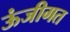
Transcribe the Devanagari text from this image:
ऊंजीगत